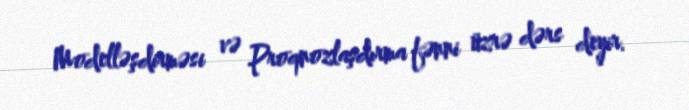
Modelləşdirməsi və Proqnozlaşdırma fənni üzrə dərs deyir.